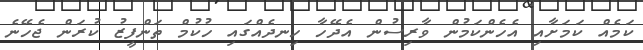
ކަމެއް ކަމަށާއި އެހެންކަމުން ވާރިސުން އެދޭހާ ހިނދެއްގައި ހުކުމް ތަންފީޒު ކުރަން ޖެހޭނެ